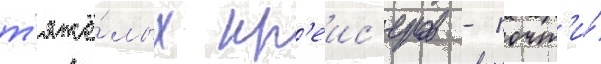
т'яжё́лых кр'еис'еров - почт'и́